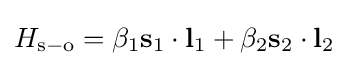
H_{\mathrm {s} -\mathrm {o} }=\beta _{1}\mathbf {s} _{1}\cdot \mathbf {l} _{1}+\beta _{2}\mathbf {s} _{2}\cdot \mathbf {l} _{2}